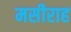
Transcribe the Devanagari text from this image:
मसीराह